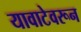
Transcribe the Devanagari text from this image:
यावाटेवरून